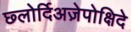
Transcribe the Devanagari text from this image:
छ्लोर्दिअज़ेपोक्षिदे